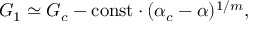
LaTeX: G _ { 1 } \simeq G _ { c } - \mathrm { c o n s t } \cdot ( \alpha _ { c } - \alpha ) ^ { 1 / m } ,